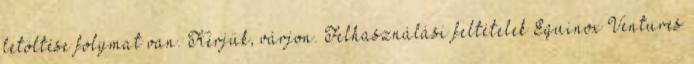
letöltése folymat van. Kérjük, várjon. Felhasználási feltételek Equinox Ventures